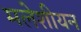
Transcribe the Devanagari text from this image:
मलेशीयन